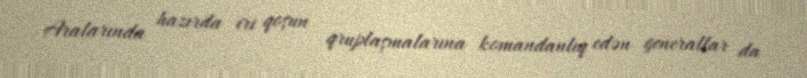
Aralarında hazırda iri qoşun qruplaşmalarına komandanlıq edən generallar da